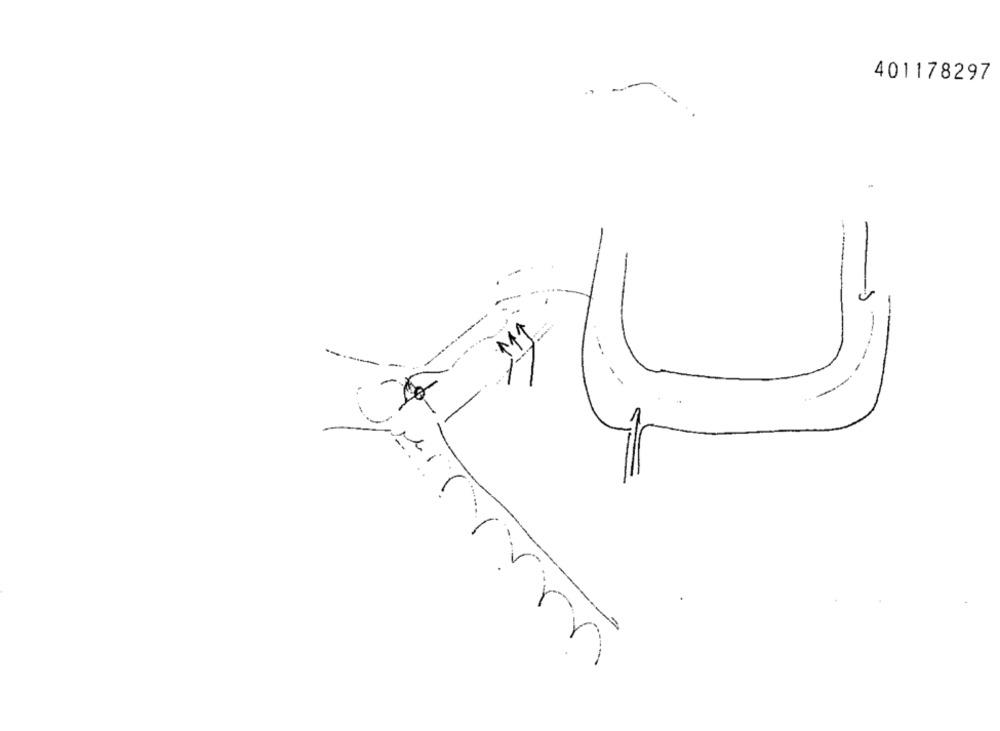
401178297
----
Mir